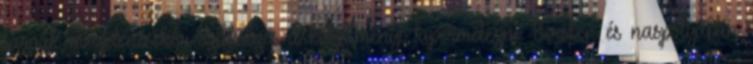
lárvák megjelenésekor szükséges a készítményt kipermetezni. Birsben és naspolyában